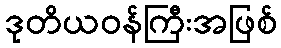
ဒုတိယဝန်ကြီးအဖြစ်